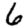
Digit: 6